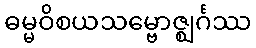
ဓမ္မဝိစယသမ္ဗောဇ္ဈင်္ဂဿ